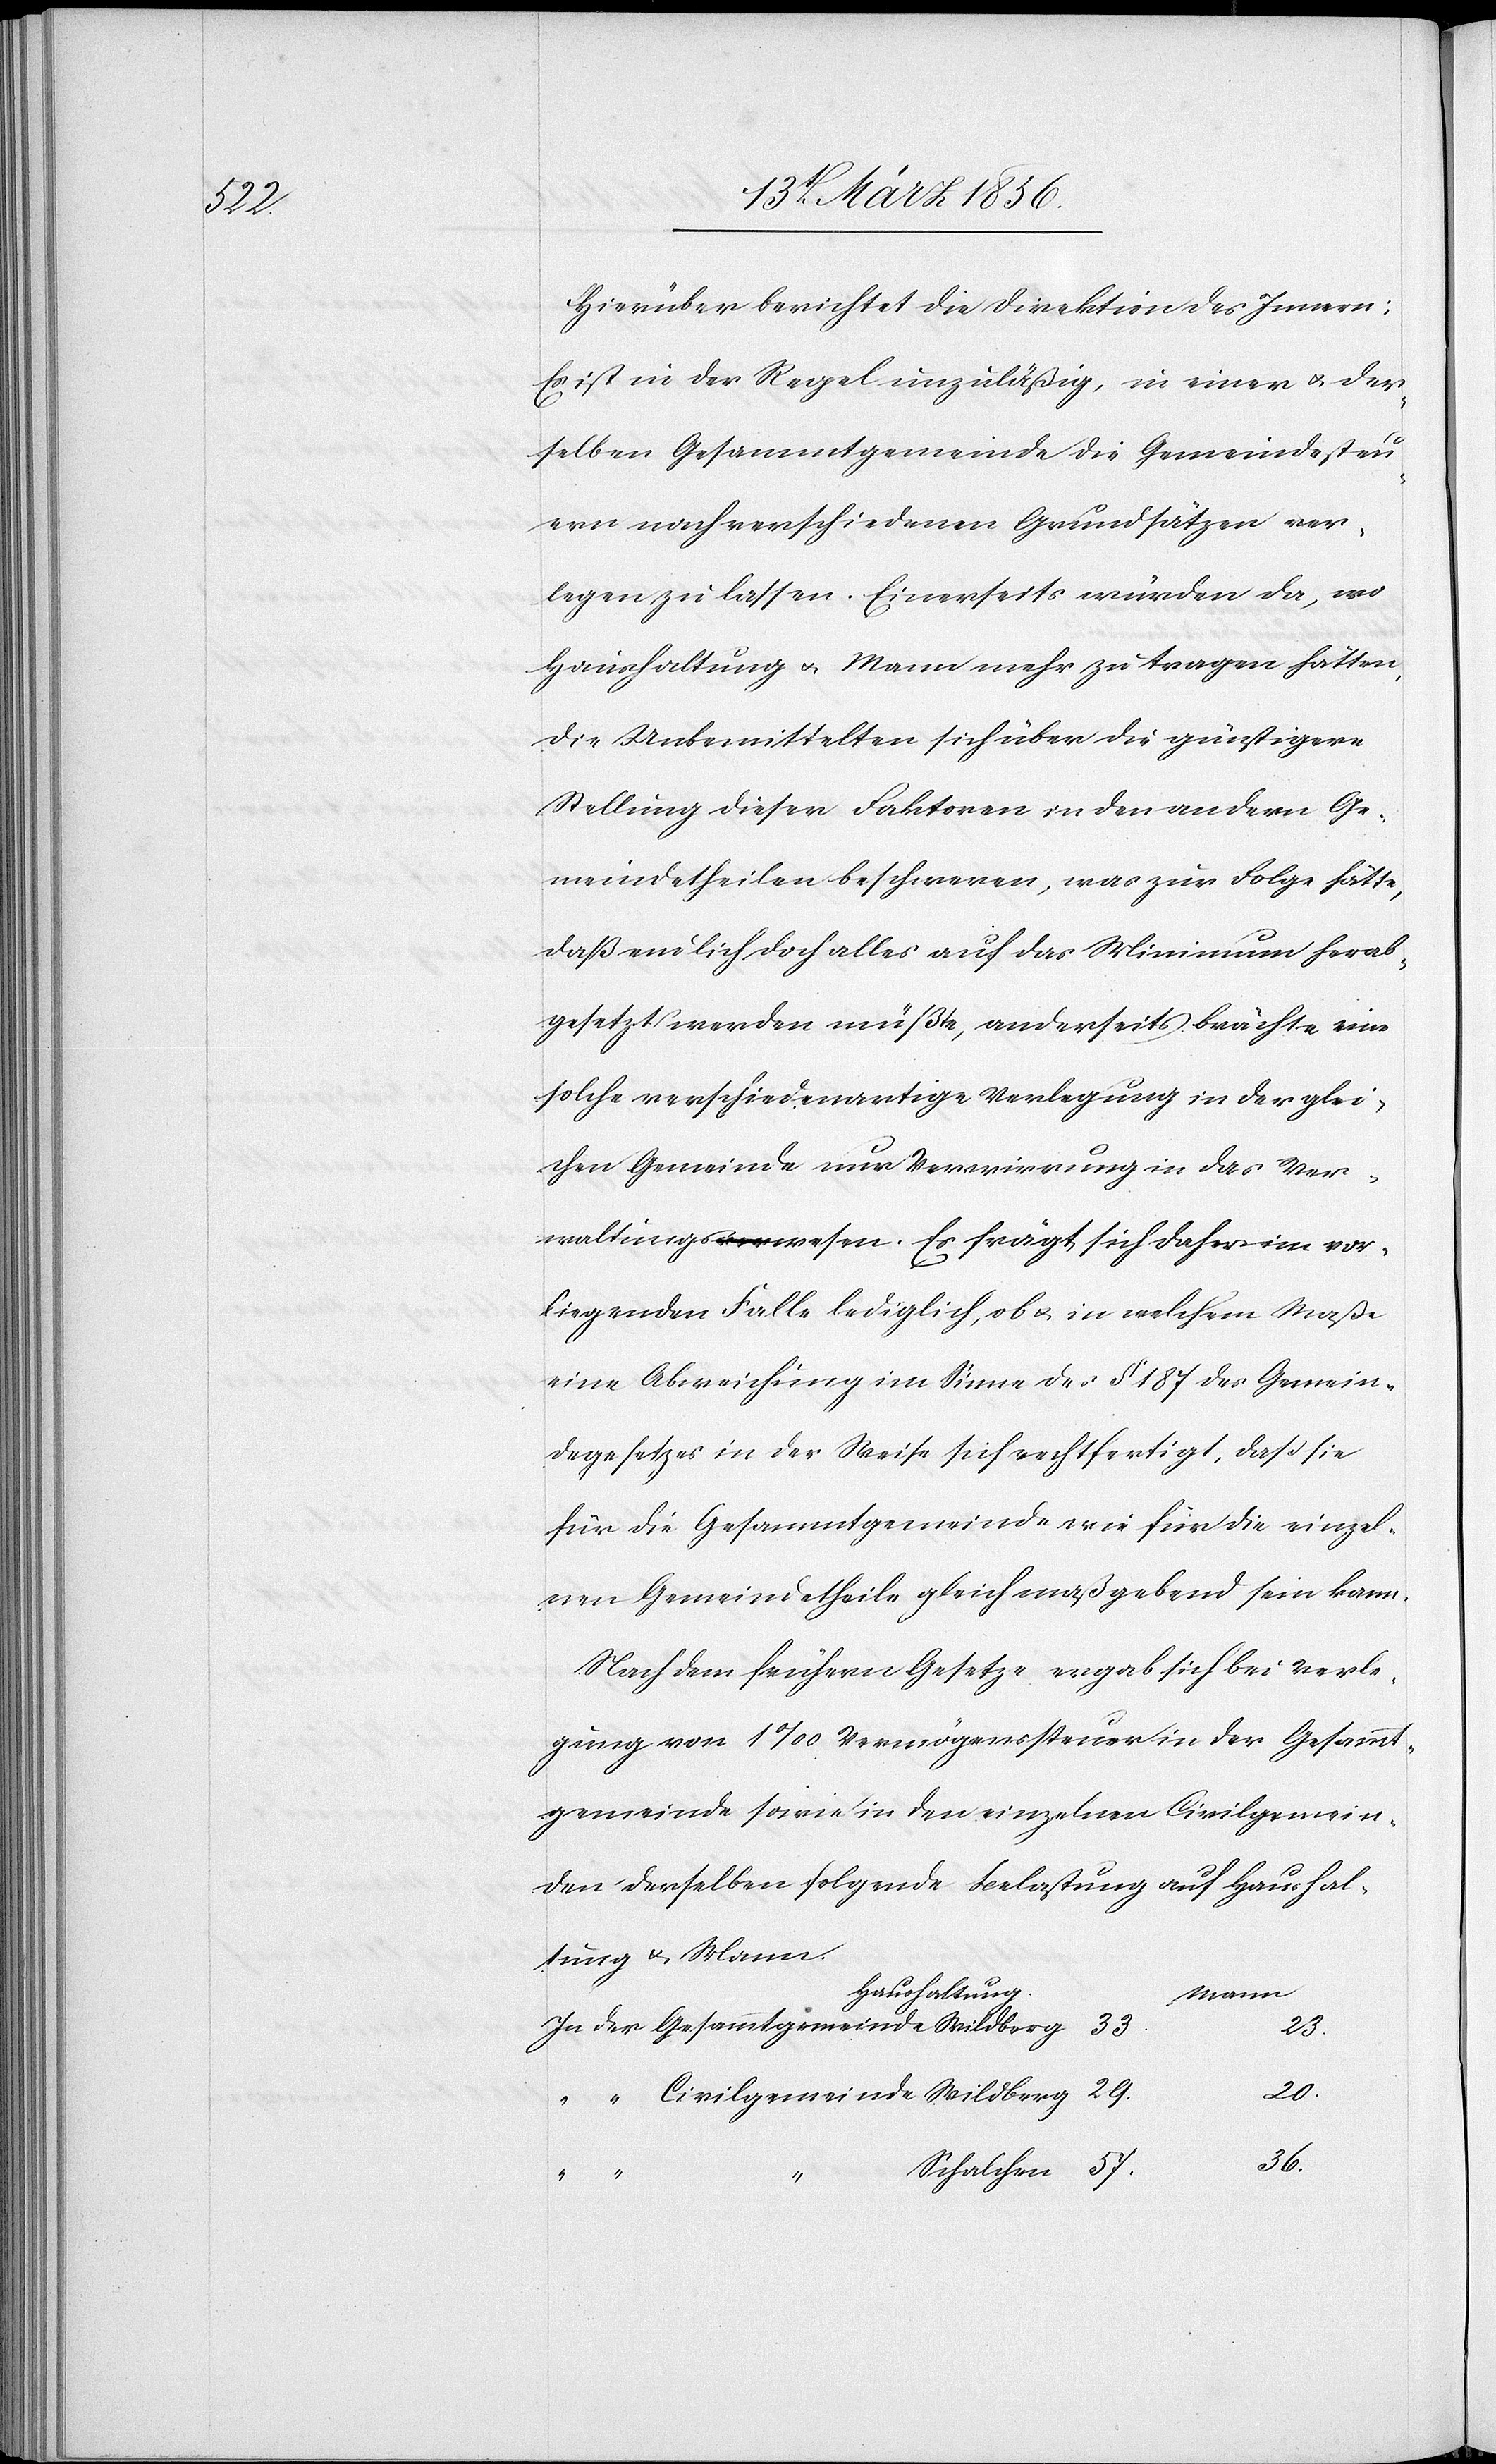
57.

Hierüber berichtet die Direktion des Innern:
Es ist in der Regel unzuläßig, in einer u. der
selben Gesammtgemeinde die Gemeindesteu¬
ern nach verschiedenen Grundsätzen ver¬
legen zu lassen. Einerseits würden da, wo
Haushaltung u. Mann mehr zu tragen hätten,
die Unbemittelten sich über die günstigere
Stellung dieser Faktoren in den andern Ge¬
meindetheilen beschweren, was zur Folge hätte,
daß endlich doch alles auf das Minimum herab¬
gesetzt werden müßte, anderseits brächte eine
solche verschiedenartige Verlegung in der glei¬
chen Gemeinde nur Verwirrung in das Ver¬
waltungswesen. Es frägt sich daher ein im vor¬
liegenden Falle lediglich, ob u. in welchem Maße
eine Abweichung im Sinne des § 187 des Gemein¬
degesetzes in der Weise sich rechtfertigt, daß sie
für die Gesammtgemeinde wie für die einzel¬
nen Gemeindetheile gleich maßgebend sein kann.
Nach dem frühern Gesetze ergab sich bei Verle¬
gung von 1‰ Vermögenssteuer in der Gesammt¬
gemeinde sowie in den einzelnen Civilgemein¬
den derselben folgende Belastung auf Haushal¬
tung & Mann.
Haushaltung.
Mann
29.
20.
36.
Schalchen